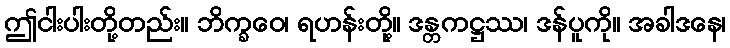
ဤငါးပါးတို့တည်း။ ဘိက္ခဝေ၊ ရဟန်းတို့။ ဒန္တကဋ္ဌဿ၊ ဒန်ပူကို။ အခါဒနေ၊